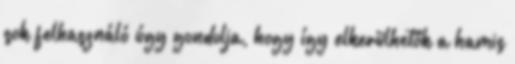
sok felhasználó úgy gondolja, hogy így elkerülhetők a hamis